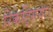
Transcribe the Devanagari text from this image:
रिकेट्सिया।